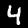
Label: 4